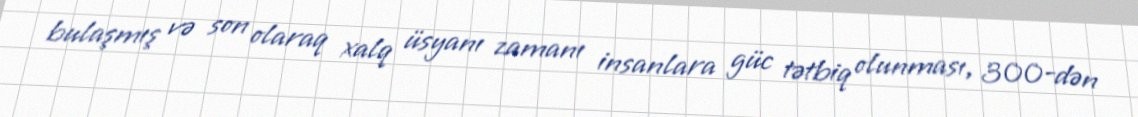
bulaşmış və son olaraq xalq üsyanı zamanı insanlara güc tətbiq olunması, 300-dən